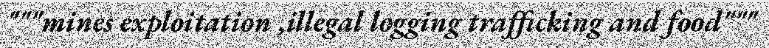
"""mines exploitation ,illegal logging trafficking and food"""